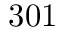
3 0 1